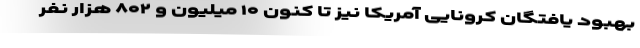
بهبود یافتگان کرونایی آمریکا نیز تا کنون ۱۰ میلیون و ۸۰۲ هزار نفر